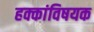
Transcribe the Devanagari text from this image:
हक्कांविषयक